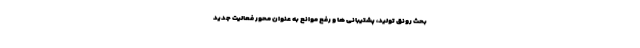
بحث رونق تولید، پشتیبانی ها و رفع موانع به عنوان محور فعالیت جدید